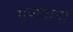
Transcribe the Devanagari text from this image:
गुणगानों